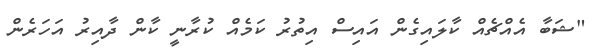
"ޝަބާ އެއްޗެއް ކާލައިގެން އައިސް އިތުރު ކަމެއް ކުރާނީ ކާން ދާއިރު އަހަރެން